Indian journal of veterinary science and animal husbandry - Volume 6,
Year: 1936
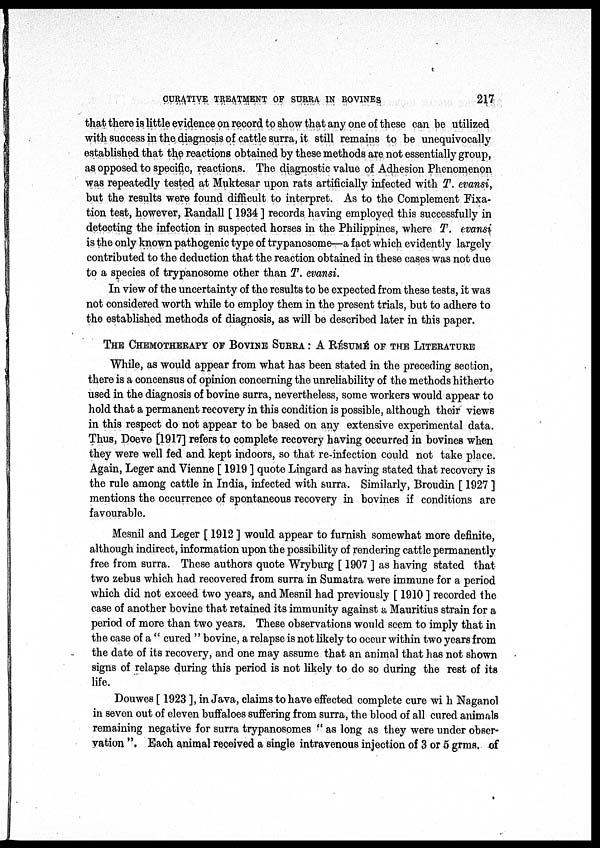
CURATIVE TREATMENT OF SURRA IN BOVINES
217
that there is little evidence on record to show that any one of these can be utilized
with success in the diagnosis of cattle surra, it still remains to be unequivocally
established that the reactions obtained by these methods are not essentially group,
as opposed to specific, reactions. The diagnostic value of Adhesion Phenomenon
was repeatedly tested at Muktesar upon rats artificially infected with T. evansi,
but the results were found difficult to interpret. As to the Complement Fixa-
tion test, however, Randall [ 1934 ] records having employed this successfully in
detecting the infection in suspected horses in the Philippines, where T. evansi
is the only known pathogenic type of trypanosome—a fact which evidently largely
contributed to the deduction that the reaction obtained in these cases was not due
to a species of trypanosome other than T. evansi.
In view of the uncertainty of the results to be expected from these tests, it was
not considered worth while to employ them in the present trials, but to adhere to
the established methods of diagnosis, as will be described later in this paper.
THE CHEMOTHERAPY OF BOVINE SURRA : A RESUME OF THE LITERATURE
While, as would appear from what has been stated in the preceding section,
there is a concensus of opinion concerning the unreliability of the methods hitherto
used in the diagnosis of bovine surra, nevertheless, some workers would appear to
hold that a permanent recovery in this condition is possible, although their views
in this respect do not appear to be based on any extensive experimental data.
Thus, Doeve [1917] refers to complete recovery having occurred in bovines when
they were well fed and kept indoors, so that re-infection could not take place.
Again, Leger and Vienne [ 1919 ] quote Lingard as having stated that recovery is
the rule among cattle in India, infected with surra. Similarly, Broudin [ 1927 ]
mentions the occurrence of spontaneous recovery in bovines if conditions are
favourable.
Mesnil and Leger [ 1912 ] would appear to furnish somewhat more definite,
although indirect, information upon the possibility of rendering cattle permanently
free from surra. These authors quote Wryburg [ 1907 ] as having stated that
two zebus which had recovered from surra in Sumatra were immune for a period
which did not exceed two years, and Mesnil had previously [ 1910 ] recorded the
case of another bovine that retained its immunity against a Mauritius strain for a
period of more than two years. These observations would seem to imply that in
the case of a " cured " bovine, a relapse is not likely to occur within two years from
the date of its recovery, and one may assume that an animal that has not shown
signs of relapse during this period is not likely to do so during the rest of its
life.
Douwes [ 1923 ], in Java, claims to have effected complete cure with Naganol
in seven out of eleven buffaloes suffering from surra, the blood of all cured animals
remaining negative for surra trypanosomes " as long as they were under obser-
vation ". Each animal received a single intravenous injection of 3 or 5 grms. of